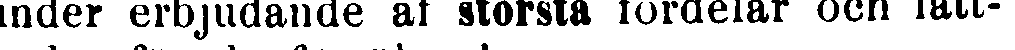
under erbjudande af största fördelar och lätt-